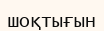
шоқтығын